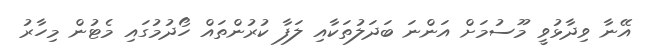
އޭނާ ވިދާޅުވީ މޫސުމަށް އަންނަ ބަދަލުތަކާއި ލަފާ ކުރުންތައް ހޯދުމުގައި މެޓުން މިހާރު